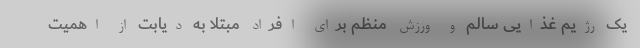
یک رژیم غذایی سالم و ورزش منظم برای افراد مبتلا به دیابت از اهمیت